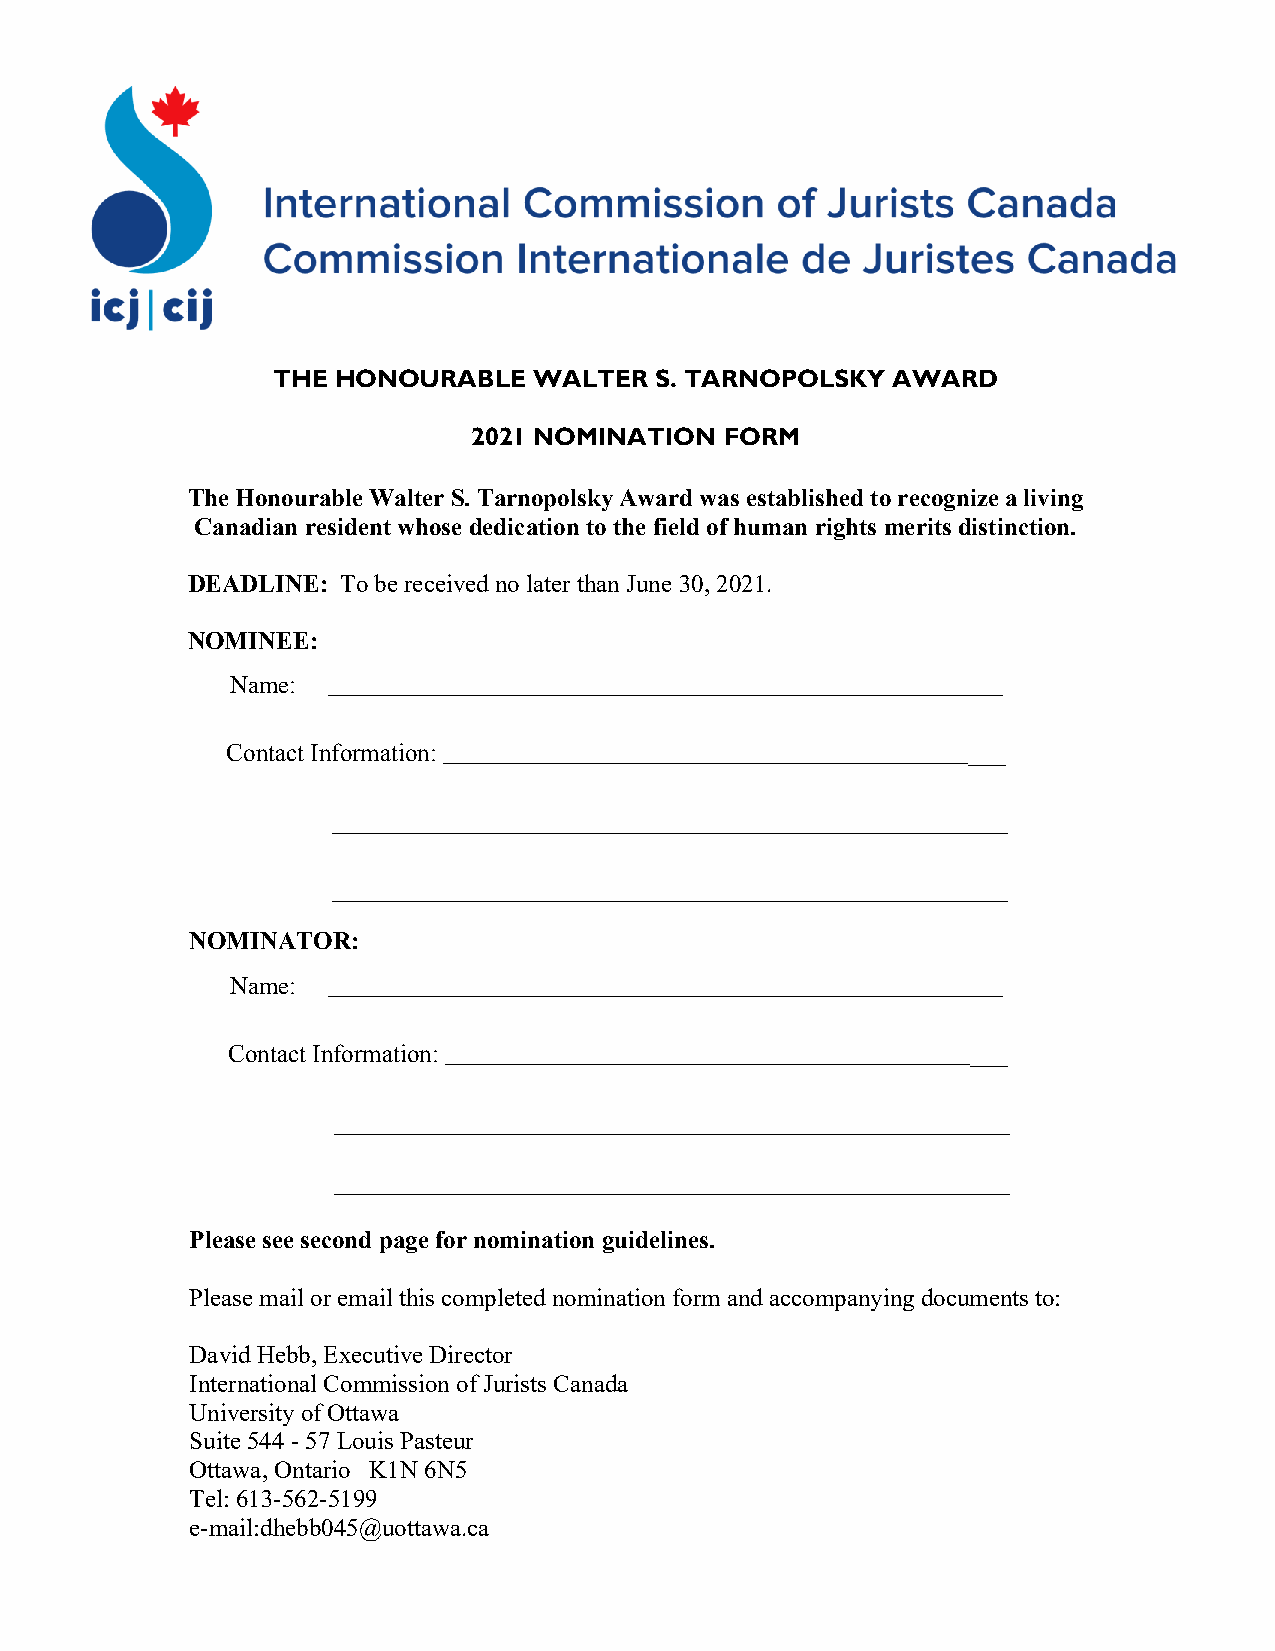
THE HONOURABLE   WALTER  S. TARNOPOLSKY  AWARD
 2021 NOMINATION  FORM
 The Honourable Walter S. Tarnopolsky Award was established to recognize a living
 Canadian resident whose dedication to the field of human rights merits distinction.
 DEADLINE:  To be received no later than June 30, 2021.
 NOMINEE:
 Name:  ______________________________________________________
 Contact Information: _____________________________________________
 ______________________________________________________
 ______________________________________________________
 NOMINATOR:
 Name:  ______________________________________________________
 Contact Information: _____________________________________________
 ______________________________________________________
 ______________________________________________________
 Please see second page for nomination guidelines.
 Please mail or email this completed nomination form and accompanying documents to:
 David Hebb, Executive Director
 International Commission of Jurists Canada
 University of Ottawa
 Suite 544 - 57 Louis Pasteur
 Ottawa, Ontario K1N 6N5
 Tel: 613-562-5199
 e-mail:dhebb045@uottawa.ca